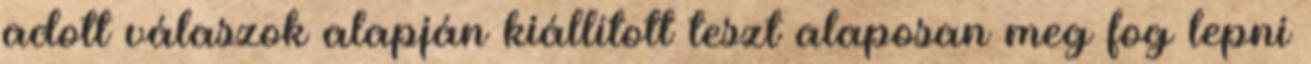
adott válaszok alapján kiállított teszt alaposan meg fog lepni